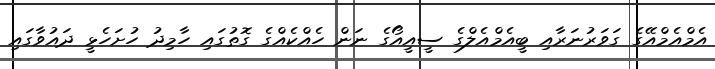
އެމްއެމްއޭގެ ގަވަރުނަރާއި ބީއެމްއެލްގެ ސީއީއޯގެ ނަން ހެއްކެއްގެ ގޮތުގައި ހާމިދު ހުށަހެޅީ ދައުވާގައި